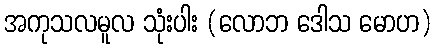
အကုသလမူလ သုံးပါး (လောဘ ဒေါသ မောဟ)